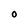
Character: O